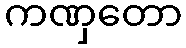
ကဏှတော